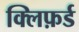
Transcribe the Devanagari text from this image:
क्लिफ़र्ड